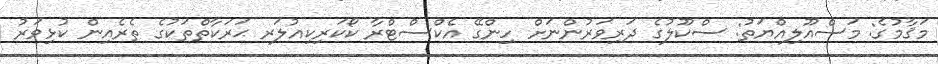
މަޤާމުގެ: މަސްއޫލިއްޔަތު: ސްކޫލުގެ ދަރިވަރުންނަށް ހިންގޭ އެކްސްޓްރާ ކޯކަރިކިއުލަރ ޙަރަކާތްތަކުގެ ތެރެއިން ކުޅިވަރު